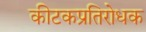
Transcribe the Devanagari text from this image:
कीटकप्रतिरोधक